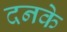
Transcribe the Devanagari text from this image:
दनके